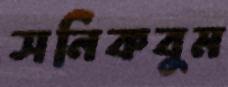
সনিকবুম